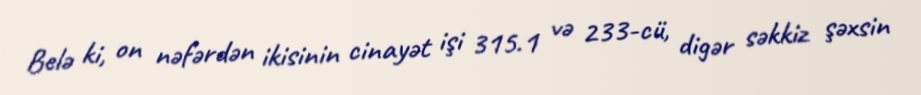
Belə ki, on nəfərdən ikisinin cinayət işi 315.1 və 233-cü, digər səkkiz şəxsin